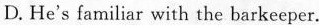
D. He's familiar with the barkeeper.